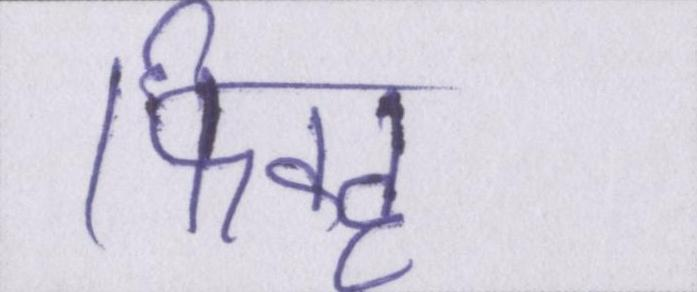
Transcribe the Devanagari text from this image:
फिक्ह